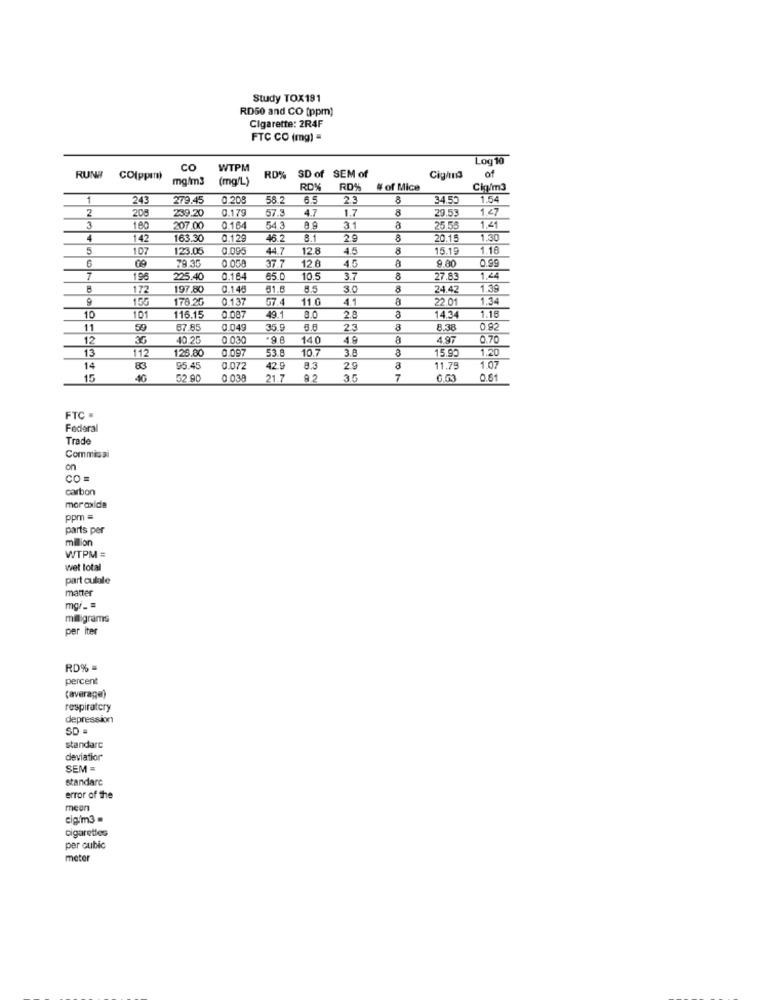
Study TOX191
RD50 and CO [ppm)
Cigarette: 2R4F
FTC CO (mg) =
Loy 10
CO
WTPM
SD of SEM of
of
RUNE
CO(ppen)
mg/m3
(mg/L
RD%
Cig/mn3
RD%
RD%
# of Mice
Cig/m3
1
243
279.45
0.208
58.2
6.5
23
8
34.55
1.54
2
0.179
57.5
4.7
1.7
8
1.47
208
239.20
29.53
180
207.00
0.164
54 3
31
25.5
1.41
4
142
163.30
0.12
46.2
8.1
29
8
20.1
1.30
5
107
123.05
0.095
44.7
12.8
45
8
5.19
1.16
37.7
12 0
a
9.80
0.99
79 35
7
198
225.40
0.164
65.0
10.5
3.7
8
27.8
1.24
8
17
197.80
0.145
61.8
3.0
8
24.42
1.39
178.20
0.13
G7.4
1.0
4.1
8
22.01
1.34
8.0
10
101
116.15
0.087
49.1
2.8
8
14.34
1.18
11
50
67.85
0.049
35.9
2.3
8.38
0.92
12
3G
40.25
0 030
.9.8
140
48
a
0.70
13
112
126.80
0.097
53.8
10.7
3.8
15.95
1.20
1.07
14
83
95.45
0.072
42.9
8.3
2.9
3
11.75
15
40
52.90
0 039
21.7
35
7
6.53
0.61
FTC .
Federal
Trade
Commissi
on
CO =
carbon
mor axida
ppm =
parts per
million
WTPM =
wet total
part culale
matter
mgr _=
milligrams
per iter
RD% =
percent
(average)
respiratory
depression
SD =
standarc
deviatior
SEM =
standarc
error of the
mean
cig/m3
Cigarettes
per cubic
meter